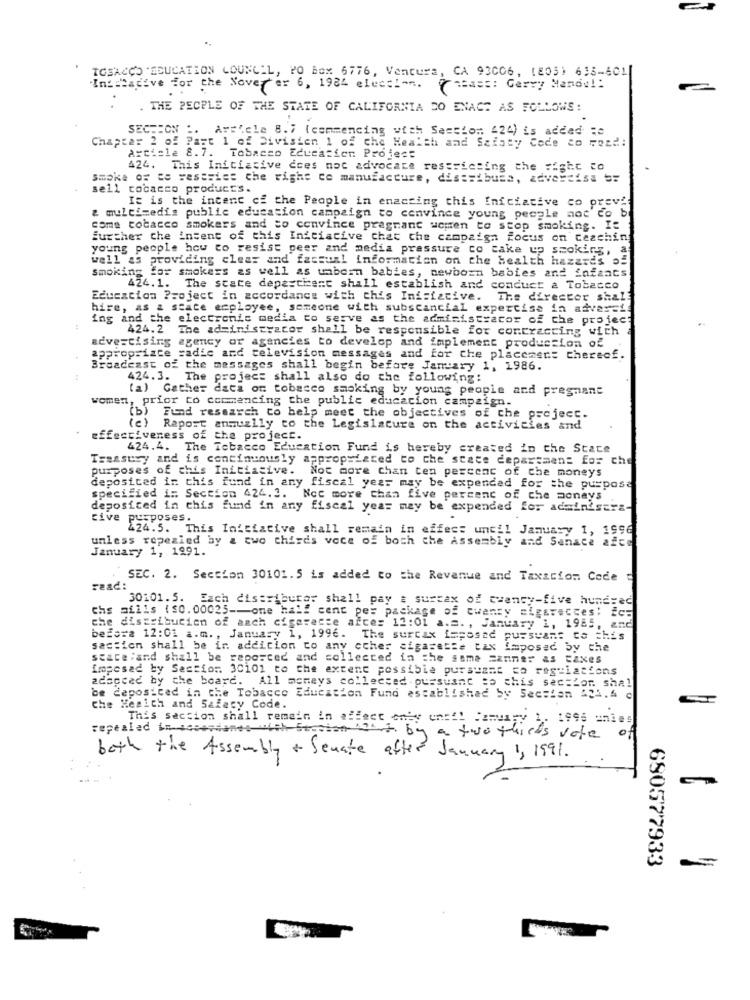
IGSACCO "EDUCATION COUNCIL, PO Box 6776, Ventura, CA 93006, (805) 635-401|
Intiative for the Noverer 6, 1984 election.
(mas :: Gerry Mandal:
. THE PEOPLE OF THE STATE OF CALIFORNIA DO ENACT AS FOLLOWS:
SECTION :. Ar='.cle 8.7 (commencing with Section: 424) is added :e
Chapter 2 of Part 1 of Divisien 1 of che Health and Saiaty Code co Fozd:
Article 8.7. Tobacco Education Project
424. This Initiative does not advocate restricting the #igic co
smoke of ce resssice che righe co manufacture, distribute, advertise 5:
sell tobacco products.
It is the intent cf the People in enacting this Iniciative co prev"
& multimedia public education campaign to convince young people not co b
come tobacco smokers and to convince pregnant women to stop smoking. It
further che intent of this Iniciacive chat the campaign focus on teaching
young people how to resist peer and media pressure co cake up smoking, a
well as providing clear and factual information on the health hazards of
smoking for smokers as well as unborn babies, newborn babies and Enfants
424. 1. The state depesthent shall establish and conduct a Tobacco
Education Project in accordance with chis Iniziative.
The director shal.
hire, as a stace employee, someone with substancial expertise in adversi
ing and the electronic media to serve as the administrator of the project
424. 2 The administrator shall be responsible for contracting with
advertising agency or agencies to develop and implement production of
appropriate radic and television messages and for the placemen: therecf.
Broadcast of the messages shall begin before January 1, 1986.
:
424. 3. The project shall also do the following:
(a) Gather data om tobacco smoking by young people and pregnant
women, prior to commencing the public education campaign.
(b) Fund research to help meet the objectives of the project.
(c) Raport anmuzlly to the Legislature on the activities and
effectiveness of the project.
424.4. The Tobacco Education Fund is hereby created in the State
Treasury and is continuously appropriated to the state department for che
purposes of chis Initiative. Not more chan ten percent of che moneys
deposited in this fund in any fiscal year may be expended for the purpose
specified in Section 424.3. Ncc more than five percent of che aoneys
deposited in this fund in any fiscal year may be expended for administra-
cive
purposes.
424.5. This Initiative shall remain in effect until January 1, 1996
unless ropesled by & two thirds voce of both the Assembly and Sanace afce
January 1, 1991.
SEC. 2. Section 30101. 5 is added to the Revenue and Taxaciom Code :
30101. 5. Each distributor shall pay a surtax of cvanty-five hundred
chs aills (80.00023 -- one half cent pes package of cwenty sigavecces; fos
che distribution of anch cigaracte afce= 12:01 a.m. , January 1, 1985, and
before 12:01 a.m ., January 1, 1996. The surcax imposed pussyans to this
section shall be in addition to any other sigasette tax imposed by the
stace;and shall be reported and collected in the same manner as taxes
imposed by Section. 30101 to the extent possible pursuant co regulations
adacced by the board. All memeys collected . pursuant so this section shal
be deposited in che Tobacco Education Fund established by Secsian 421.4 c
e Health and Safety Code.
This section shall remain in affect only uns !! January i
1996 unies
repealed in +comedones wich Se.
withit by a two thirds vote
of
both the Assembly + Senate after January 1, 1991.
690577933